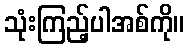
သုံးကြည့်ပါအစ်ကို။